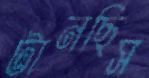
টানছিস